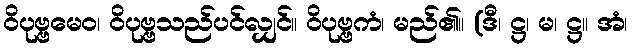
ဝိပုဗ္ဗမေဝ၊ ဝိပုဗ္ဗသည်ပင်လျှင်။ ဝိပုဗ္ဗကံ၊ မည်၏။ (ဒီ၊ ဋ္ဌ၊ မ၊ ဋ္ဌ။ အံ၊